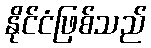
နိုင်ငံဖြစ်သည်